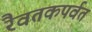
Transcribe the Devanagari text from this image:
रैवतकपर्वत